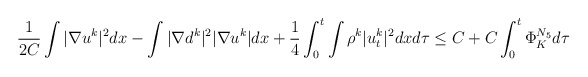
\begin{align*}\begin{aligned}\frac{1}{2C}\int |\nabla u^k|^2 dx-\int |\nabla d^k|^2 |\nabla u^k|dx+\frac{1}{4}\int_0^t\int \rho^k |u_t^k|^2dxd\tau\le C+C\int_0^t \Phi^{N_{5}}_K d\tau\end{aligned}\end{align*}